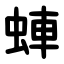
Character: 蛼